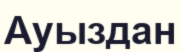
Ауыздан